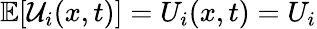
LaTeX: \mathbb{E}[\mathcal{U}_{i}(x,t)]=U_{i}(x,t)=U_{i}